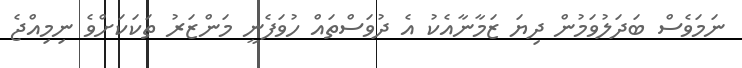
ނަމަވެސް ބަދަލުވަމުން ދިޔަ ޒަމާނާއެކު އެ ދުވަސްތައް ހުވަފެނީ މަންޒަރު ތަކަކަށްވެ ނިމިއްޖެ